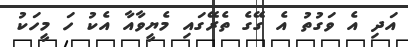
އަދި އެ ވަގުތު އެ ގޭގެ ތެރޭގައި މެޔީވާއާ އެކު ހަ މީހަކު